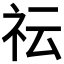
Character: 𥘟